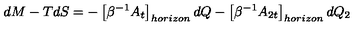
d M - T d S = - \left[ \beta ^ { - 1 } A _ { t } \right] _ { h o r i z o n } d Q - \left[ \beta ^ { - 1 } A _ { 2 t } \right] _ { h o r i z o n } d Q _ { 2 }